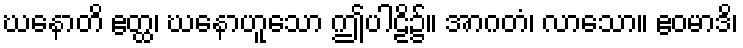
ဃနောတိ ဧတ္ထ၊ ဃနောဟူသော ဤပါဠိ၌။ အာဂတံ၊ လာသော။ ဧဝမာဒိ၊